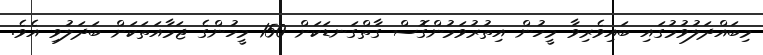
މިބައްދަލުވުމުގައި ބައިވެރިވާ މީހުން އިތުރުވަމުންގޮސް ގާތްގަނޑަކަށް 150 މީހުންގެ ޖަމާއަތަކަށް ބަދަލުވި އެވެ.